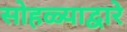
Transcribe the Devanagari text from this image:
सोहळ्याद्वारे